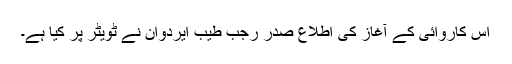
اس کاروائی کے آغاز کی اطلاع صدر رجب طیب ایردوان نے ٹویٹر پر کیا ہے۔